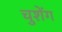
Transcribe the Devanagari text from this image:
चुशेंग